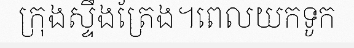
ក្រុងស្ទឹងត្រែង។ពេលយកទូក